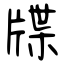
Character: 牒